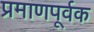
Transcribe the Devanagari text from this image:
प्रमाणपूर्वक